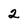
Character: 2